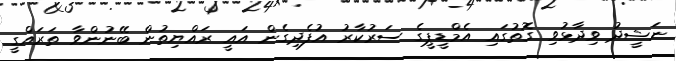
ނަޝީދު ވިދާޅުވި ގޮތުގައި އެމްޑީޕީގެ ސަރުކާރު އުފެދިގެން އައީ ރައްޔިތުން ބޭނުންވާ ތަރައްގީ